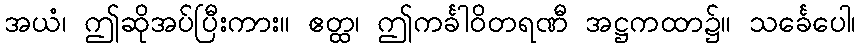
အယံ၊ ဤဆိုအပ်ပြီးကား။ ဧတ္ထ၊ ဤကင်္ခါဝိတရဏီ အဋ္ဌကထာ၌။ သင်္ခေပေါ၊